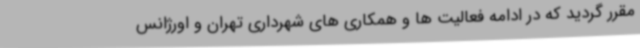
مقرر گردید که در ادامه فعالیت ها و همکاری های شهرداری تهران و اورژانس